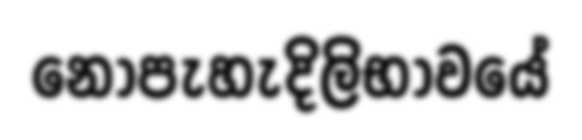
නොපැහැදිලිභාවයේ